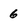
Character: 6